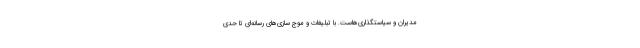
مدیران و سیاستگذاری‌هاست. با تبلیغات و موج سازی‌های رسانه‌ای تا حدی